Causation and prevention of malarial fevers: a statement of the results of researches drawn up for the use of assistant surgeons, hospital assistants and students
Disease focus: Malaria
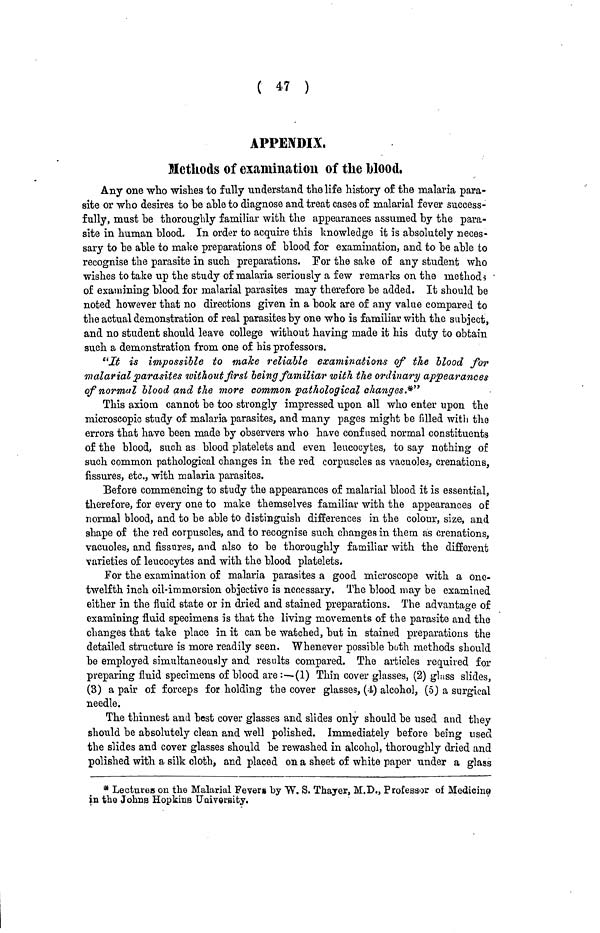
( 47 )
APPENDIX,
Methods of examination of the blood,
Any one who wishes to fully understand the life history of the malaria para-
site or who desires to he able to diagnose and treat cases of malarial fever success-
fully, must he thoroughly familiar with the appearances assumed by the para-
site in human blood. In order to acquire this knowledge it is absolutely neces-
sary to be able to make preparations of blood for examination, and to he able to
recognise the parasite in such preparations. For the sake of any student who
wishes to take up the study of malaria seriously a few remarks on the methods
of examining blood for malarial parasites may therefore be added. It should be
noted however that no directions given in a book are of any value compared to
the actual demonstration of real parasites by one who is familiar with the subject,
and no student should leave college without having made it his duty to obtain
such a demonstration from one of bis professors.
"It is impossible to make reliable examinations of the blood for
malarial parasites without first being familiar with the ordinary appearances
of normal blood and the more common pathological changes.*"
This axiom cannot be too strongly impressed upon all who enter upon the
microscopic study of malaria parasites, and many pages might be filled with the
errors that have been made by observers who have confused normal constituents
of the blood, such as blood platelets and even leucocytes, to say nothing of
such common pathological changes in the red corpuscles as vacuoles, crenations,
fissures, etc., with malaria parasites.
Before commencing to study the appearances of malarial blood it is essential,
therefore, for every one to make themselves familiar with the appearances of
normal blood, and to be able to distinguish differences in the colour, size, and
shape of the red corpuscles, and to recognise such changes in them as crenations,
vacuoles, and fissures, and also to be thoroughly familiar with the different
varieties of leucocytes and with the blood platelets.
For the examination of malaria parasites a good microscope with a one-
twelfth inch oil-immersion objective is necessary. The blood may be examined
either in the fluid state or in dried and stained preparations. The advantage of
examining fluid specimens is that the living movements of the parasite and the
changes that take place in it can be watched, but in stained preparations the
detailed structure is more readily seen. Whenever possible both methods should
be employed simultaneously and results compared. The articles required for
preparing fluid specimens of blood are :—-(1) Thin cover glasses, (2) glass slides,
(3) a pair of forceps for holding the cover glasses, (4) alcohol, (5) a surgical
needle.
The thinnest and best cover glasses and slides only should be used and they
should be absolutely clean and well polished. Immediately before being used
the slides and cover glasses should be rewashed in alcohol, thoroughly dried and
polished with a silk cloth, and placed on a sheet of white paper under a glass
* Lectures on the Malarial Fevers by W. S. Thayer, M.D., Professor of Medicine
in the Johns Hopkins University.